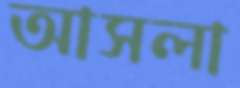
আসলা